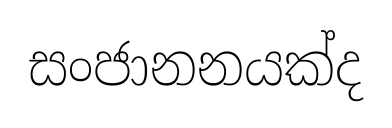
සංජානනයක්ද